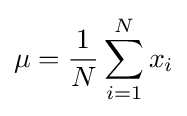
\mu ={\frac {1}{N}}\sum _{i=1}^{N}x_{i}